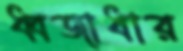
ধ্বজাধার